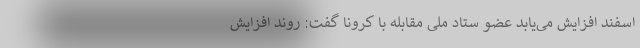
اسفند افزایش می‌یابد عضو ستاد ملی مقابله با کرونا گفت: روند افزایش